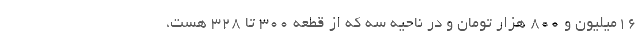
۱۶میلیون و ۸۰۰ هزار تومان و در ناحیه سه که از قطعه ۳۰۰ تا ۳۲۸ هست،